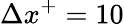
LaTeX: \Delta x^{+}=10